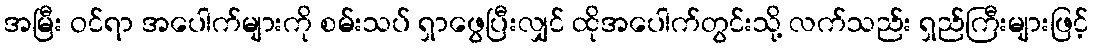
အမြီး ဝင်ရာ အပေါက်များကို စမ်းသပ် ရှာဖွေပြီးလျှင် ထိုအပေါက်တွင်းသို့ လက်သည်း ရှည်ကြီးများဖြင့်